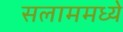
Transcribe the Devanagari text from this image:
सलाममध्ये